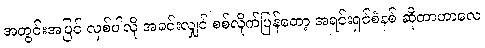
အတွင်းအပြင် လှစ်ပါလို အခင်းလျှင် စစ်လိုက်ပြန်တော့ အရင်းရှင်စံနစ် ဆိုတာဟာလေ